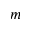
m